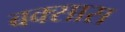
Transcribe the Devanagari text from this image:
बक्सास